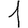
Digit: 1